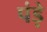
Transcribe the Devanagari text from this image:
पंड़े